Lunatic asylums Madras 1892-1911 - 1892-1911
Year: 1892
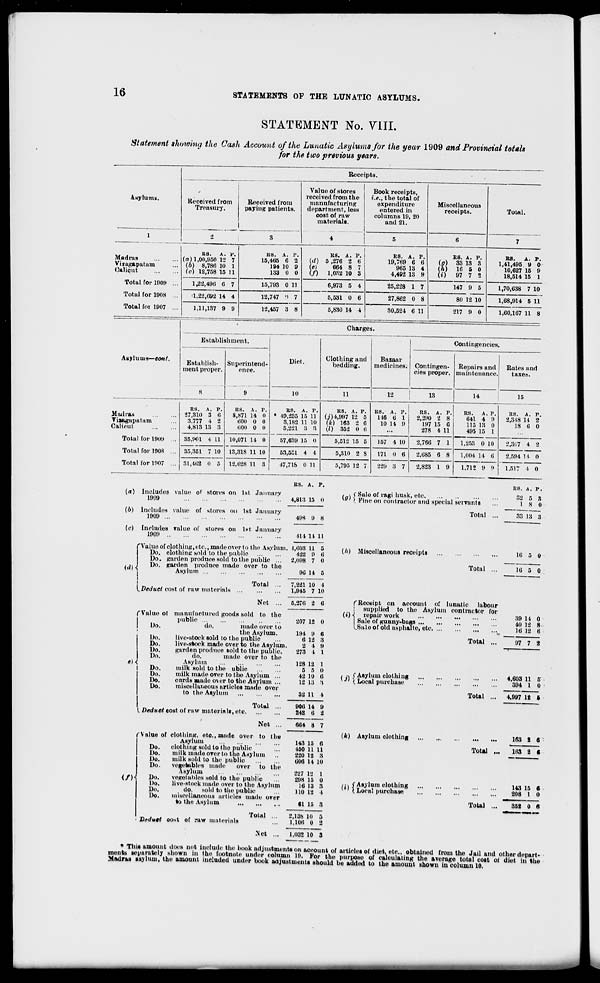
16
STATEMENTS OF THE LUNATIC ASYLUMS.
STATEMENT No. VIII.
Statement showing the Cash Account of the Lunatic Asylums for the year 1909 and Provincial totals
for the two previous years.
Receipts.
Asylums..
Received from
Treasury.
Received from
paying patients.
Value of stores
received from the
manufacturing
department, less
cost of raw
materials.
4
Book receipts,
i.e., the total of
expenditure
entered in
columns 19, 20
and 21.
Miscellaneous
receipts.
Total.
1
2
»
5
6
7
Madras
Viiagapatam
Calicut
E8.
A. v.
(n) 1,00,950 12 7
(b) 8,786 10 1
(c) 12,758 15 11
US. A. P.
15,465 6 2
194 10 9
133 0 0
KS. A. P.
(./) 5 ,276 2 6
(e)
664 8 7
(/) 1,032 10 3
RS. A. P.
19,769 6 6
965 13 4
4,492 13 9
BS. A. P.
(g) 33 13 3
(h) 16 5 0
(i)
97 7 2
RS.
A. P.
1,41,495 9 0
10,627 15 9
18,514 15 1
Total for 1909 ...
1,22,491! 6 7
15,793 0 11
6,973 5 4
25,228 1 7
147 9 5
1,70,638 7 10
Total for 1908 ...
'1,22,692 14 4
12,747 !l 7
5,531 0 6
27,862 0 8
80 12 10
1,68,914 5 11
Total for 1907 ...
1,11,137 9 9
12,457 3 8
5,830 14 4
30,524 6 11
i
217 9 0
1,60,167 11 8
Charges.
Establishment.
Diet.
Clothing and
bedding.
Bazaar
medicines.
Contingencies.
Asylums—eottt.
Establish-
ment proper.
8
Superintend-
ence.
9
Contingen-
cies proper.
Repairs and
maintenance.
Rates and
taxes.
10
11
12
13
14
15
Madias
Yiaagapatam
Calicut
US. A. P.
27,310 3 6
3,777 4 2
4,813 13 3
RS. A. P.
8,871 14 0
600 0 0
600 0 0
BS. A. P.
* 49,235 15 11
3,182 11 10
5,221 3 3
US. A. P.
(7)4,997 12 5
(k) 163 2 0
(l) 352 0 6
US. A. P.I
US. A. P.
116 6 1 ! 2,290 2 8
10 14 9
197 15 0
278 4 11
RS.
A. P.
641 4 9
115 13 0
495 15 1
R8. A. P.
2,318 14 2
18 6 0
Total for 19)19 ,.. 35,901 4 11 10,071 14 0
57,639 15 0
5,512 15 5
157 4 10
2,766 7 1
1,268 0 10
2,307 4 2
Total for 190S ... 35,351 7 10 13,318 11 10
53,531 4 4
5,310 2 8
171 0 6
2,685 6 8
1,004 14 ti
2,594 14 0
Total for 1907 ... 31,402 0 5 12,628 11 3
47,718 0 11
5,795 12 7
220 3 7
2,823 1 9
1.712 9 9
1.517 1 0
Includes value of stores on 1st January
1909
RS. A. P.
4,813 15 0
US. A. P.
f % f Sale of ragi husk, etc
»"' ) Fine on con
Includes value
1909
of stores on 1st January
(c) Includes value of stores on 1st January
1909
49S 9 8
414 14 II
itractor and special servants
Total
32
1
5 8
8 0
83 13 3
<<*) <
Value of olothing, etc, made over to the Asylum. +.003 u 5
Do. clothing sold to the public
422 9 6
Do. garden produce sold to the public ...
2,098 7 0
Do. garden produce made over to the
Asylum
(/<) Miscellaneous receipts
Total
16
16
{.Deduct cost of raw materials
Total
Net
96 14 5
7,221 10 4
1,945 7 10
(Value of manufactured goods sold to the
j
public
!
Do.
do.
made over to
the Asylum.
Do.
live-stock sold to tho public
Do.
live-stock made over to the Asylum.
Do.
garden produce sold to the public.
Do.
do.
made over to the
e) i
Asylum
Do.
milk sold to the ublic
Do.
milk made over to the Asylum ...
Do.
curds made over to the Asylum ...
Do.
miscellaneous articles made over
to the Asylum
5,276 2 6
207 12 0
^Receipt on account of lunatic labour
supplied to the Asylum contractor for
(t) -i repair work
Sal Sale of gunny-bags
LSale of old nsphalte, etc. ...
194 9
6 12
2 4
273 4
6
3
0
1
128 12
5 5
42 10
12 13
1
0
6
•s
Total
( :\ f Asylum clothing
KJI (. Local purchase
I Deduct cost of raw materinls, etc.
Total
Net
32 11 1
906 14
242 6
B
2
664 8 7
Total
(Value of clothing, etc., made over to the
Asylum
Do.
clothing sold to the public
Do.
milk Hindu over to the Asylum
Do.
milk sold to the public
Do.
vegetable! made
over to the
Asylum
(/)■(
Do.
vegetables sold to the public
Do.
live-stock made over to the Asylum
Do.
do. sold to the public
Do.
miscellaneous articles made over
to the Asylum
(k) Asylum olothing
Dedutt cost of raw material
Total
-Net
143 15 6
450 11 11
220 12 3
600 14 10
227 12 1
298 15 0
16 13 3
110 12 4
61 15 3
2,138 10 5
1,106 0 2
1,032 10 3
Total
39 11 0
40 12 8
16 12 6
97 7 2
4,603 11 5
394 1 0
4,997 12 6
163 8 «
163 2 C
,;, s Asylum clothing
' ' I Local purchase
143 15
208 1
Total
352 0 fi
• This amount does not include the book adjustments on account of articles of diet, etc., obtained from the Jail and other depart
meiits separately shown m the footnote under colnmn 19. For the purpose of calculating the average total cost oi diet in tin
Madras asylum, the amount included under book adjustments should bo added to the amount shown in column 10.
the